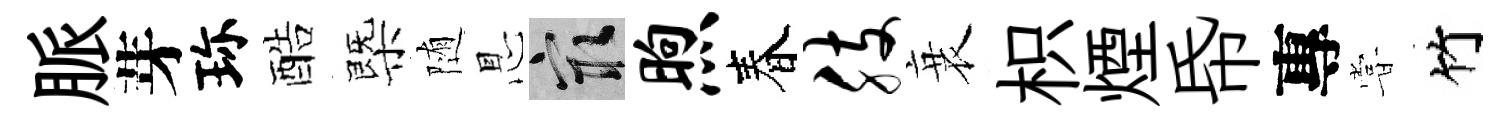
脈芽珎酷㮣随㤙冣煦春肢衰枳煙帋專甞竹